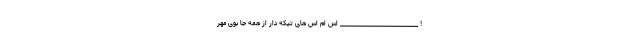
! __________________________ اس ام اس های تیکه دار از همه جا بوی مهر